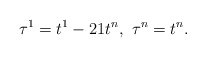
\begin{align*}\tau^1=t^1-21 t^n,\ \tau^n=t^n.\end{align*}